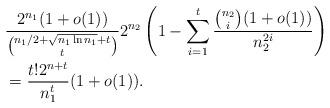
LaTeX: \begin{align*} &\frac{2^{n_1}(1+o(1))}{\binom{n_1/2+\sqrt{n_1\ln n_1}+t}{t}}2^{n_2}\left(1- \sum\limits_{i=1}^t\frac{\binom{n_2}{i}(1+o(1))}{n_2^{2i}}\right)\\ &=\frac{t!2^{n+t}}{n_1^t}(1+o(1)).\end{align*}